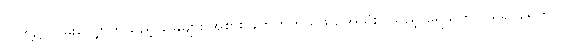
သူတို့၌ လမ်းလျှောက်သည့် ခြေများ အစား ခတ်တက်သဖွယ်အသုံးပြုသည့် ရေယက် ပါရှိ၍ ရေတွင်